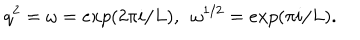
q ^ { 2 } = \omega = e x p ( 2 \pi i / L ) , ~ ~ \omega ^ { 1 / 2 } = e x p ( \pi i / L ) .